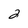
Character: 2